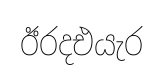
ඊරදඑයැර